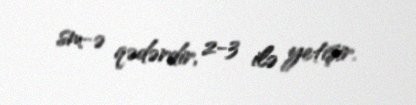
sm-ə qədərdir, 2-3 ilə yetişir.